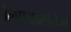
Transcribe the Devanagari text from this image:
लिएआलोचना